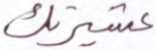
عشيرتك